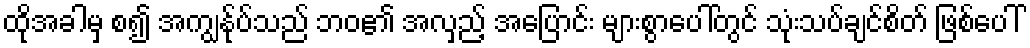
ထိုအခါမှ စ၍ အကျွန်ုပ်သည် ဘဝ၏ အလှည့် အပြောင်း များစွာပေါ်တွင် သုံးသပ်ချင်စိတ် ဖြစ်ပေါ်